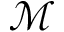
\mathcal { M }